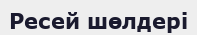
Ресей шөлдері